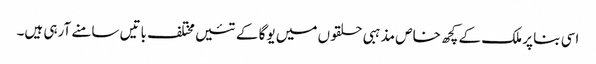
اسی بنا پر ملک کے کچھ خاص مذہبی حلقوں میں یوگا کے تئیں مختلف باتیں سامنے آرہی ہیں۔